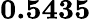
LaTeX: \textbf{0.5435}